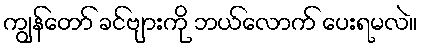
ကျွန်တော် ခင်ဗျားကို ဘယ်လောက် ပေးရမလဲ။